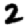
Digit: 2